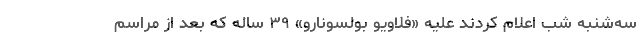
سه‌شنبه شب اعلام کردند علیه «فلاویو بولسونارو» ۳۹ ساله که بعد از مراسم